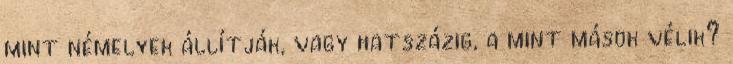
mint némelyek állítják, vagy hatszázig, a mint mások vélik?